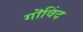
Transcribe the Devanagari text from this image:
गॊविंद